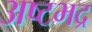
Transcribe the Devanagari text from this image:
अष्टभद्र